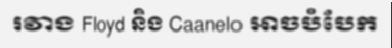
រវាង Floyd និង Caanelo អាចបំបែក